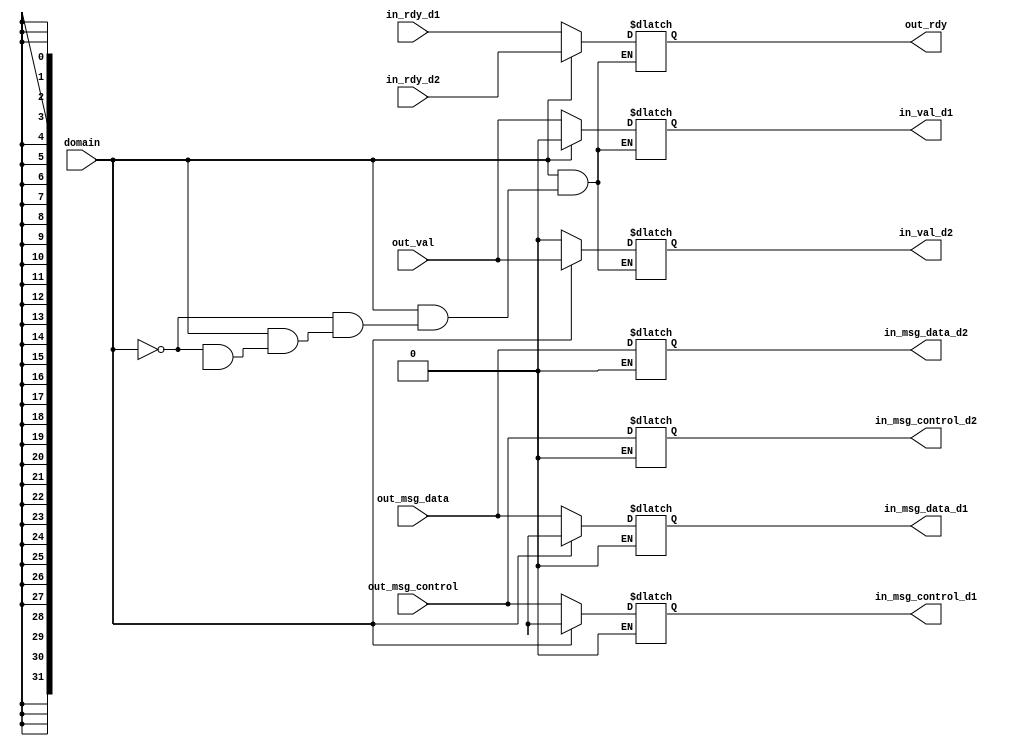
module plab4_net_demux
#(
	parameter p_msg_cnbits = 32,
	parameter p_msg_dnbits = 32
)
(
	input						domain,

	input						out_val,
	output	reg					in_val_d1,
	output	reg					in_val_d2,

	input						in_rdy_d1,
	input						in_rdy_d2,
	output	reg					out_rdy,

	input [p_msg_cnbits-1:0]	out_msg_control,
	output[p_msg_cnbits-1:0]	in_msg_control_d1,
	output[p_msg_cnbits-1:0]	in_msg_control_d2,

	input [p_msg_dnbits-1:0]	out_msg_data,
	output[p_msg_dnbits-1:0]	in_msg_data_d1,
	output[p_msg_dnbits-1:0]	in_msg_data_d2
);
    reg	[p_msg_cnbits-1:0]		in_msg_control_d1;
    reg	[p_msg_cnbits-1:0]		in_msg_control_d2;

	reg [p_msg_dnbits-1:0]		in_msg_data_d1;
	reg [p_msg_dnbits-1:0]		in_msg_data_d2;

	// based on the domain signal passing correpsonding signal, the other
	// domain's related signals are set as zero
	
	always @(*) begin
	
		if ( domain == 1'b0 ) begin	
			in_val_d1 = out_val;
			in_val_d2 = 1'b0;

			out_rdy	  = in_rdy_d1;

			in_msg_control_d1 = out_msg_control;
			in_msg_data_d1	  = out_msg_data;
			in_msg_control_d2 = 'hx;
			in_msg_data_d2	  = 'hx;

		end

		else if ( domain == 1'b1 ) begin
			in_val_d1 = 1'b0;
			in_val_d2 = out_val;

			out_rdy	  = in_rdy_d2;

			in_msg_control_d1 = 'hx;
			in_msg_data_d1	  = 'hx;
			in_msg_control_d2 = out_msg_control;
			in_msg_data_d2	  = out_msg_data;
		end

		else if ( domain == 1'hx ) begin
			in_val_d1 = 1'b0;
			in_val_d2 = 1'b0;

			out_rdy = 1'b1;
		end

	end

endmodule